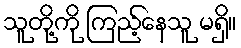
သူတို့ကို ကြည့်နေသူ မရှိ။